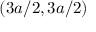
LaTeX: ( 3 a / 2 , 3 a / 2 )